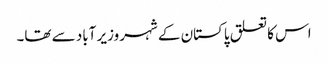
اس کا تعلق پاکستان کے شہر وزیر آباد سے تھا۔